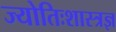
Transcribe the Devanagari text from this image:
ज्योतिःशास्त्रज्ञ